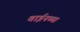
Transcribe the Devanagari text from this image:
वाईनच्या